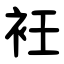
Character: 衽